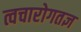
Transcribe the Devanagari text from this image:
त्वचारोगतज्ञ